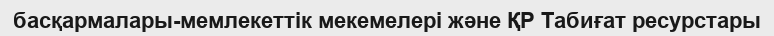
басқармалары-мемлекеттік мекемелері және ҚР Табиғат ресурстары